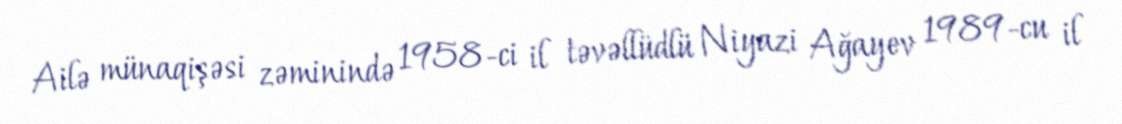
Ailə münaqişəsi zəminində 1958-ci il təvəllüdlü Niyazi Ağayev 1989-cu il